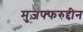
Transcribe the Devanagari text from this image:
मुज़फ्फरुद्दीन